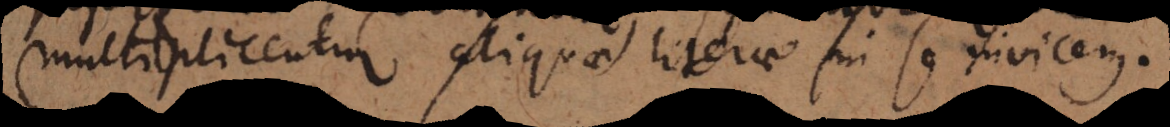
multiplicentur aliquae literae in se invicem.